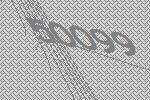
50099